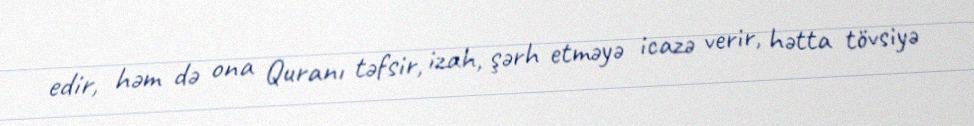
edir, həm də ona Quranı təfsir, izah, şərh etməyə icazə verir, hətta tövsiyə